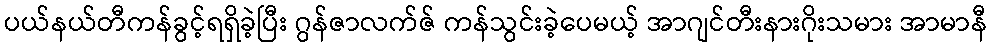
ပယ်နယ်တီကန်ခွင့်ရရှိခဲ့ပြီး ဂွန်ဇာလက်ဇ် ကန်သွင်းခဲ့ပေမယ့် အာဂျင်တီးနားဂိုးသမား အာမာနီ